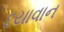
દયાવાન